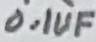
Text: 0.01UF